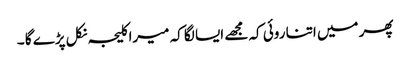
پھر میں اتنا روئی کہ مجھے ایسا لگا کہ میرا کلیجہ نکل پڑے گا ۔